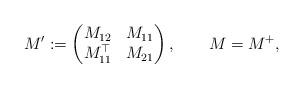
LaTeX: \begin{align*} M':=\begin{pmatrix} M_{12} & M_{11}\\ M_{11}^\top & M_{21} \end{pmatrix},\qquad M=M^+,\end{align*}